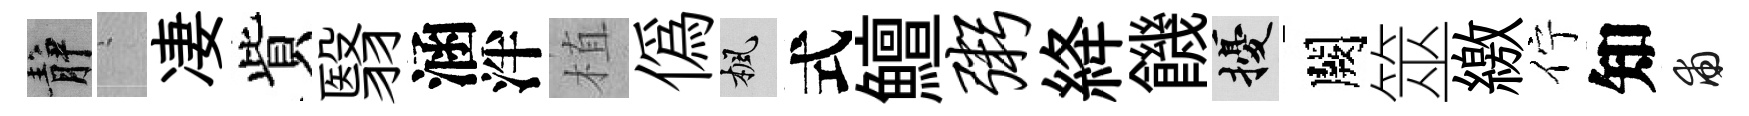
静搖凄貲翳涵泮植偽楓式鱣粥絳饑擾闕筮繳佇知甫